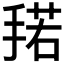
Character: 𰔌